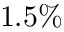
1 . 5 \%